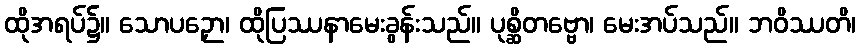
ထိုအရပ်၌။ သောပဉှော၊ ထိုပြဿနာမေးခွန်းသည်။ ပုစ္ဆိတဗ္ဗော၊ မေးအပ်သည်။ ဘဝိဿတိ၊